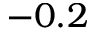
- 0 . 2